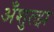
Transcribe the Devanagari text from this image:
अँशुत्झ